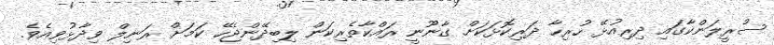
ސްރީލަންކާގައި ދިރިއުޅޭ ހުރިހާ ދަރިކޮޅަކަށް ގާނޫނީ ރައްކާތެރިކަން ލިބިދޭންޖެހޭ ކަމަށް ރަނިލް ވިދާޅުވިއެވެ.